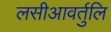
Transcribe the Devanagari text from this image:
लसीआवर्तुलि